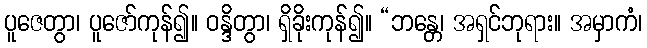
ပူဇေတွာ၊ ပူဇော်ကုန်၍။ ဝန္ဒိတွာ၊ ရှိခိုးကုန်၍။ “ဘန္တေ၊ အရှင်ဘုရား။ အမှာကံ၊